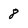
Character: 8